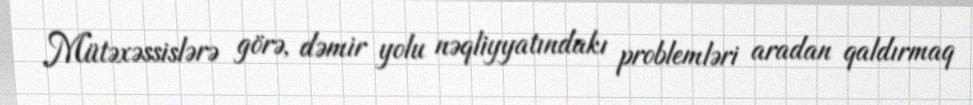
Mütəxəssislərə görə, dəmir yolu nəqliyyatındakı problemləri aradan qaldırmaq